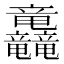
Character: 𮄿